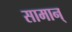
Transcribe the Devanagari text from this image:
सामान्